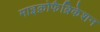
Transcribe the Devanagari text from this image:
माइक्रोफैब्रिकेशन